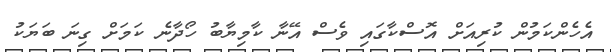
އެހެންކަމުން ކުރިއަށް އޮސްކާގައި ވެސް އޭނާ ކާމިޔާބު ހޯދާނެ ކަމަށް ގިނަ ބަޔަކު